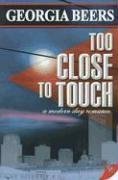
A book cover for Too Close to Touch; Georgia Beers; Romance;